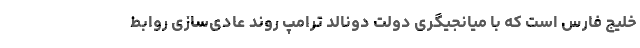
خلیج فارس است که با میانجیگری دولت دونالد ترامپ روند عادی‌سازی روابط